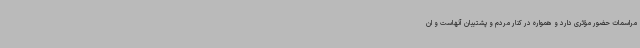
مراسمات حضور مؤثری دارد و همواره در کنار مردم و پشتیبان آنهاست و ان